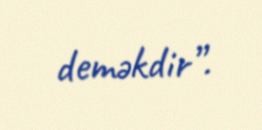
deməkdir”.